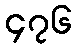
၄၇၆